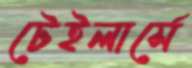
টেইলার্সে